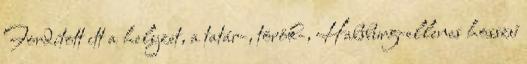
Fordított itt a helyzet, a tatár-, török-, Habsburg-ellenes hosszú